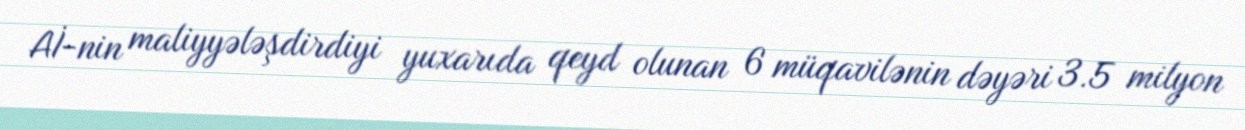
Aİ-nin maliyyələşdirdiyi yuxarıda qeyd olunan 6 müqavilənin dəyəri 3.5 milyon